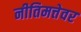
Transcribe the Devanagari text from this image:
नीतिमत्तेवर